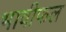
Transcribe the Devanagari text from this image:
भावीफल